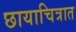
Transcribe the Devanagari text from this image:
छायाचित्रात